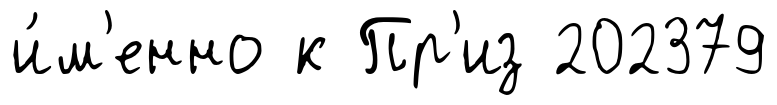
и́м'енно к Пр'из 202379